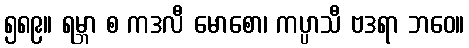
၅၈၉။ ရမ္ဘာ စ ကဒလီ မောစော၊ ကပ္ပာသီ ဗဒရာ ဘဝေ။